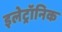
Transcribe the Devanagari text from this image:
इलेट्रॉनिक